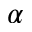
\alpha